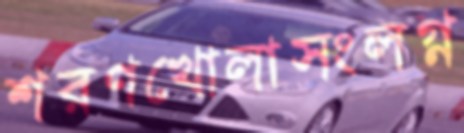
শরণখোলাসংলগ্ন